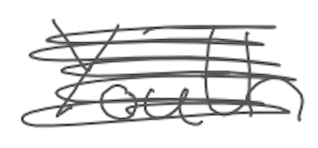
Text: Youth
Cross-out: mix
Writing tool: digital_gray